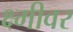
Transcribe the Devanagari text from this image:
क्ष्मीवर